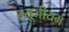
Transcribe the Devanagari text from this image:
म्‍यूजीयम